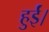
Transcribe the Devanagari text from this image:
हुर्ईं।